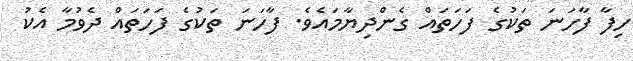
ހިފާ ފާހަނަ ތަކުގެ ފަހަތައް ގެންދިޔާމައެވެ. ފާހަނަ ތަކުގެ ފަހަތައް ދެވުމާ އެކު